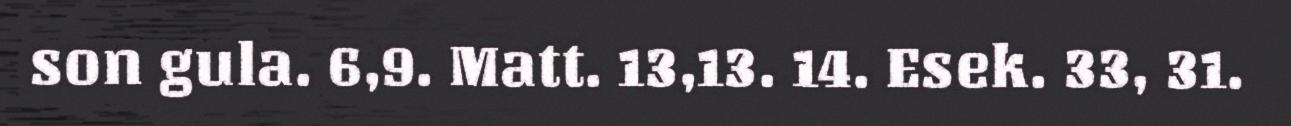
son gula. 6,9. Matt. 13,13. 14. Esek. 33, 31.